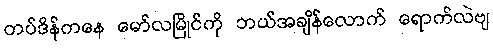
တပ်ဒိန်ကနေ မော်လမြိုင်ကို ဘယ်အချိန်လောက် ရောက်လဲဗျ